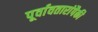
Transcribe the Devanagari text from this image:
पूर्वावतारांपैकी